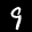
Label: 9